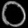
Digit: ၀